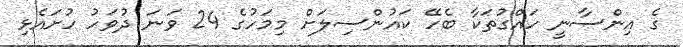
ގެ އިންސާނީ ހައްގުތަކާ ބެހޭ ކައުންސިލަށް މިމަހުގެ 24 ވަނަ ދުވަހު ހުށައެޅި